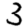
Digit: 3